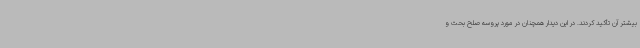
بیشتر آن تأکید کردند. در این دیدار همچنان در مورد پروسه صلح بحث و